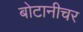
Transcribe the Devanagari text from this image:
बोटानीचर